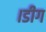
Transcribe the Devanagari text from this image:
।डीग